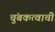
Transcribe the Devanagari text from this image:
चुंबकत्वाची